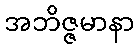
အဘိဇ္ဇမာနာ